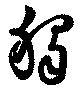
独